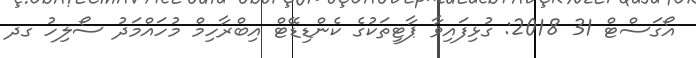
އޯގަސްޓް 31 2018: ގުޅިފައިވާ ޕާޓީތަކުގެ ކެންޑިޑޭޓް އިބްރާހިމް މުހައްމަދު ސޯލިހު ގދ